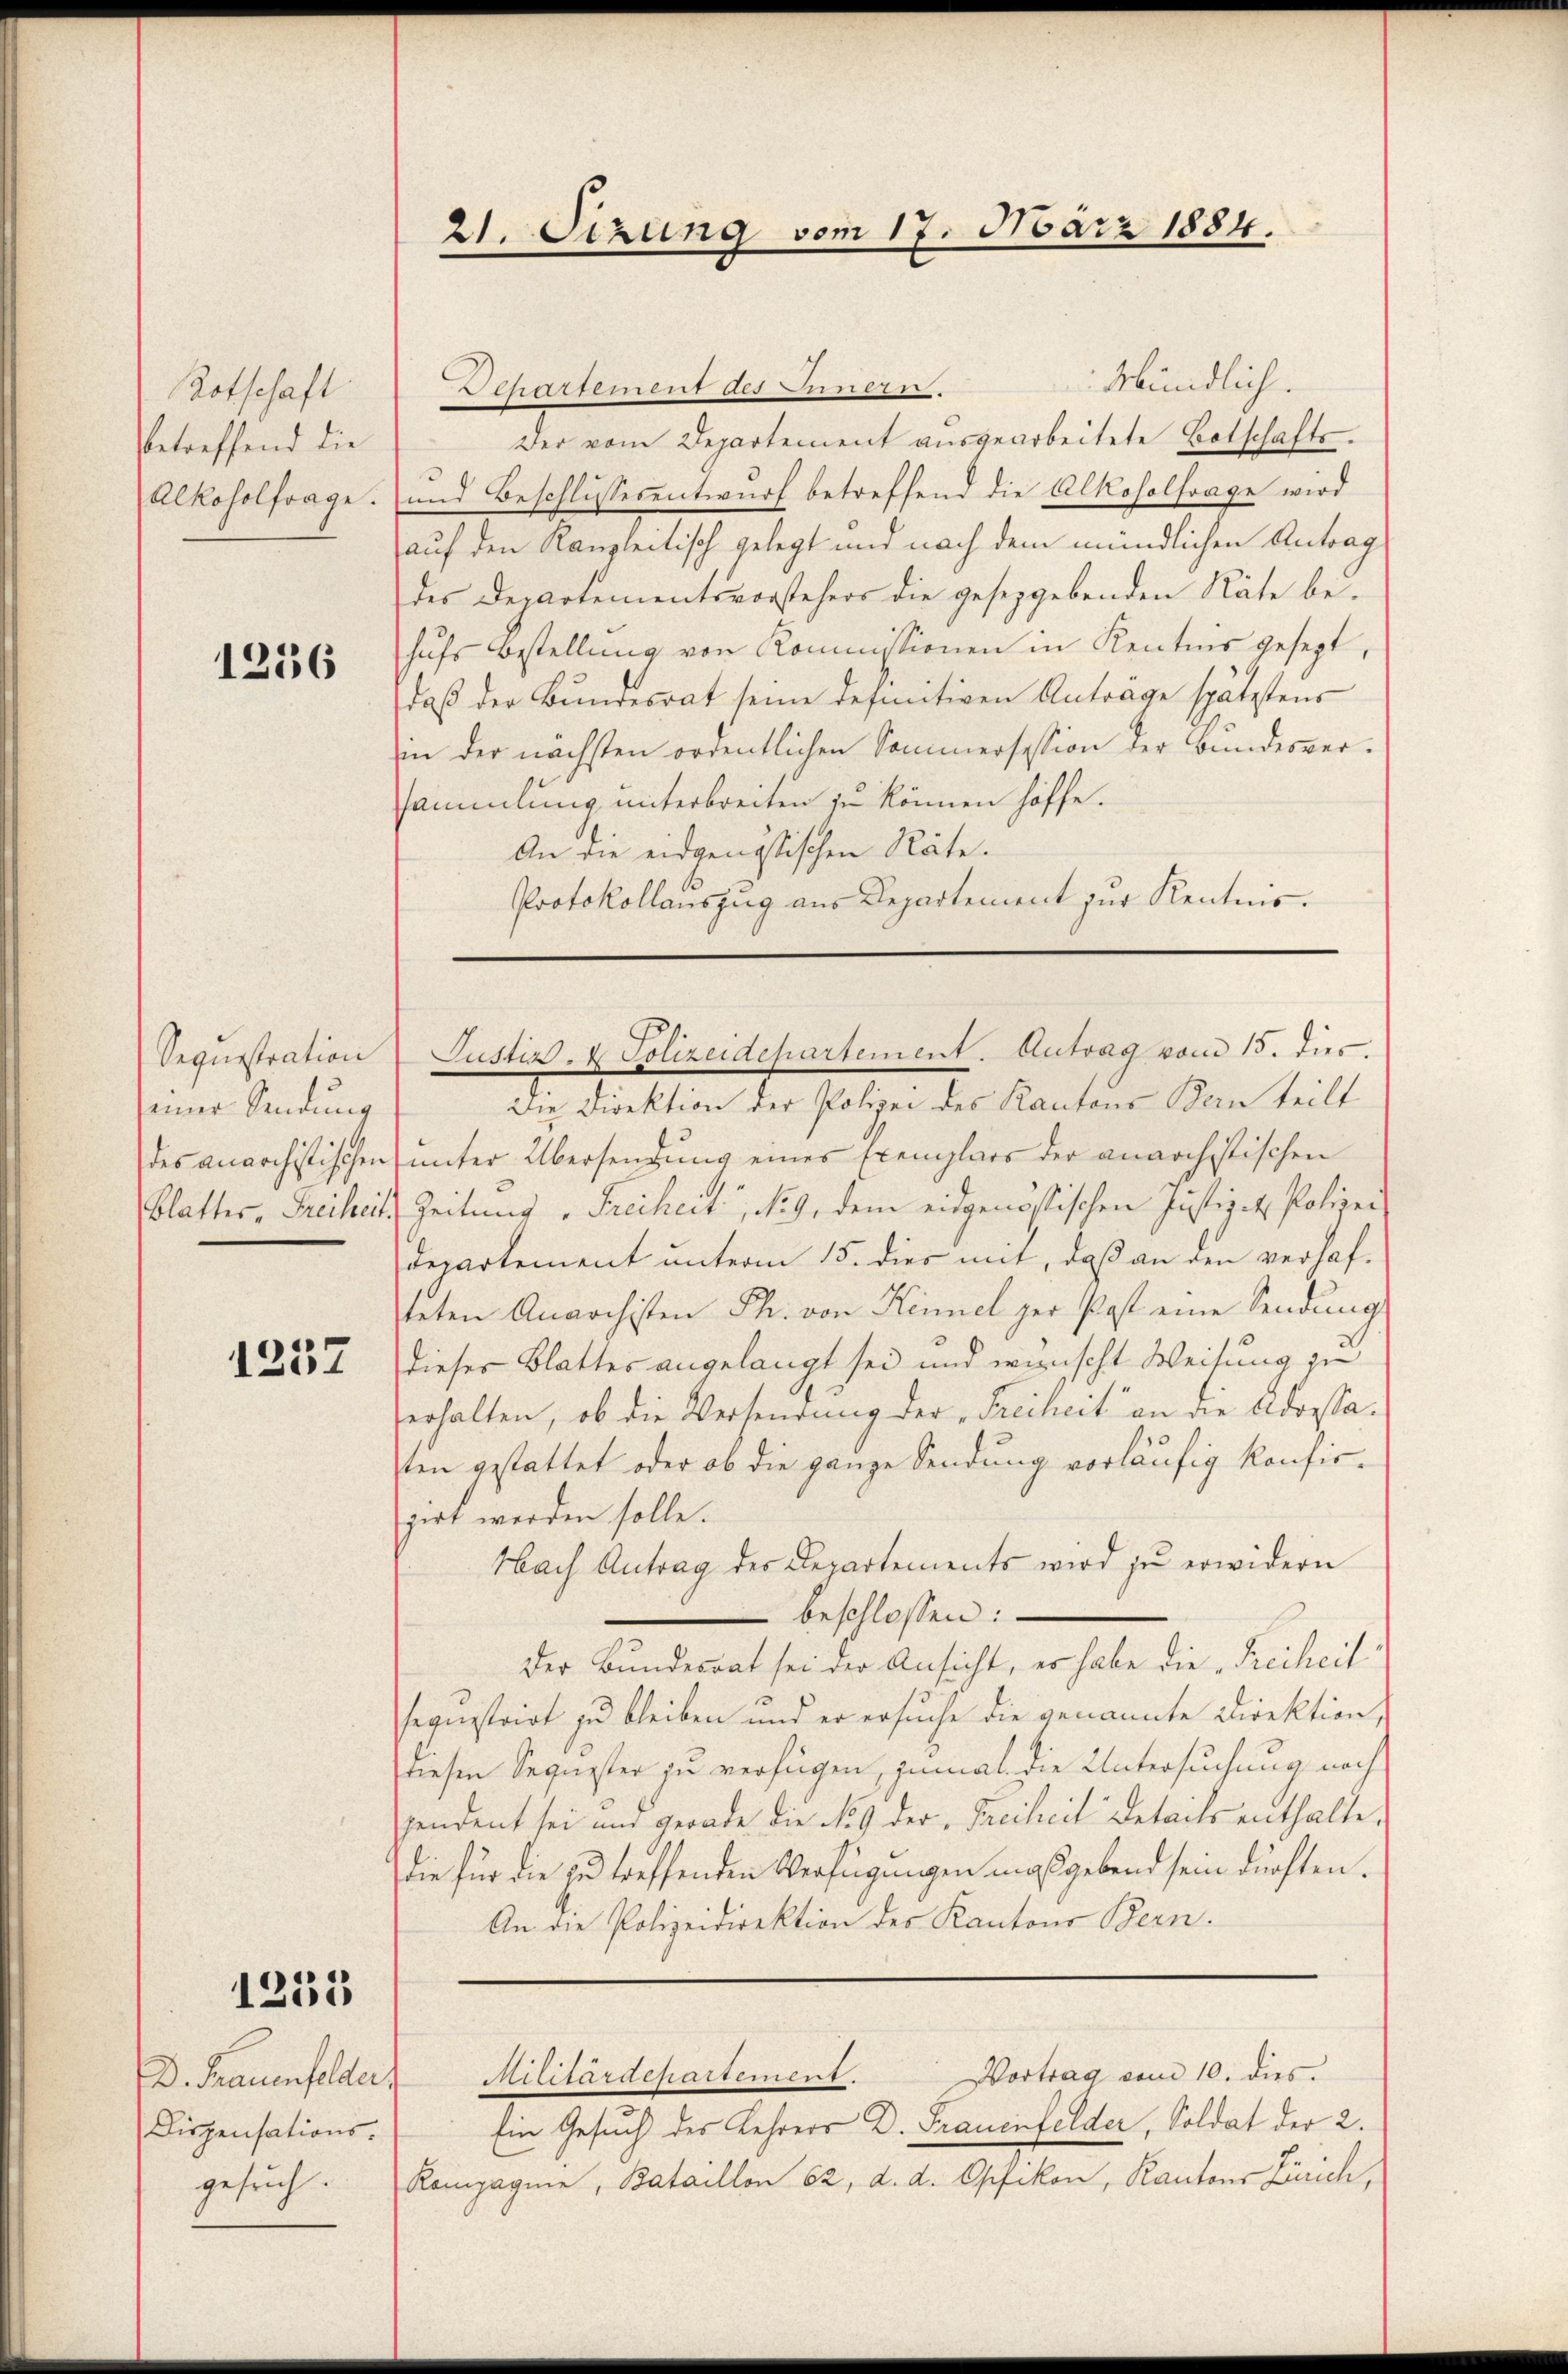
Rotschaft
betreffend die

1236

Sequestration
einer Sendung
des anarchistischen
Blatter, Freiheit.

1257

1235

D. Frauenfelder,
Dispensations-
gesuch.

21. Sizung vom 17. März 1884.

Mündlich.
Ilhartement des Innern.
Der vom Departement aŭsgearbeitete Botschafts¬
Alkoholfrage und Beschlissesentwurf betreffend die Alkoholfrage wird
auf den Kanzleitisch gelegt und nach dem mündlichen Antrag
des Departementsvorstehers die geseggebenden Räte behufs Bestellung von Kommissionen in Kentnis gesezt,
daß der Bundesrat seine definitiven Anträge spätestens
in der nächsten ordentlichen Sommersession der Bundesversammlung unterbreiten zu können hoffe.
An die eidgenössischen Räte.
Protokollauszug aus Departement zur Kenntnis.

Justiz- & Polizeidepartement. Antrag vom 15. dies.

Die Direktion der Polizei des Kantons Bern teilt
unter Übersendung eines Exemplars der anarchistischen
Zeitung " Freiheit, No 9. dem eidgenössischen Justiz - Polizei
Departement unterm 15. dies mit, daß an den verhafteten Anarchisten Ph. von Keimel zur Post eine Sendung
dieser Blatter angelangt sei und wünscht Weisung zu
erhalten, ob die Versendung der „Freiheit“ an die Adressaten gestattet oder ob die ganze Sendung vorläufig konfirgirt werden solle.
Nach Antrag des Departements wird zŭ erwidern
beschlossen:
Der Bundesrat sei der Ansicht, er habe die Freiheit
seqnistrirt zu bleiben und er ersuche die genannte Direktion,
diesen Sequester zu verfügen, zumal die Untersuchung noch
pendent sei und gerade die No. 9 der „Freiheit Details enthalte.
die für die zu treffenden Verfügungen maßgebend sein dürften.
An die Polizeidirektion des Kantons Bern.
Militärdepartement. Vortrag vom 10. ds.
Ein Gesuch des Lehrers D. Frauenfelder, Soldat der 2.
Rompagnie, Bataillon 62, d. d. Opfikon, Kantons Zürich,